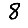
Digit: 8